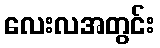
လေးလအတွင်း